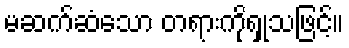
မဆက်ဆံသော တရားကိုရှုသဖြင့်။